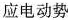
应电动势